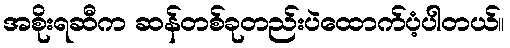
အစိုးရဆီက ဆန်တစ်ခုတည်းပဲထောက်ပံ့ပါတယ်။